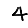
Digit: 4